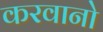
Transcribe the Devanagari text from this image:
करवानो